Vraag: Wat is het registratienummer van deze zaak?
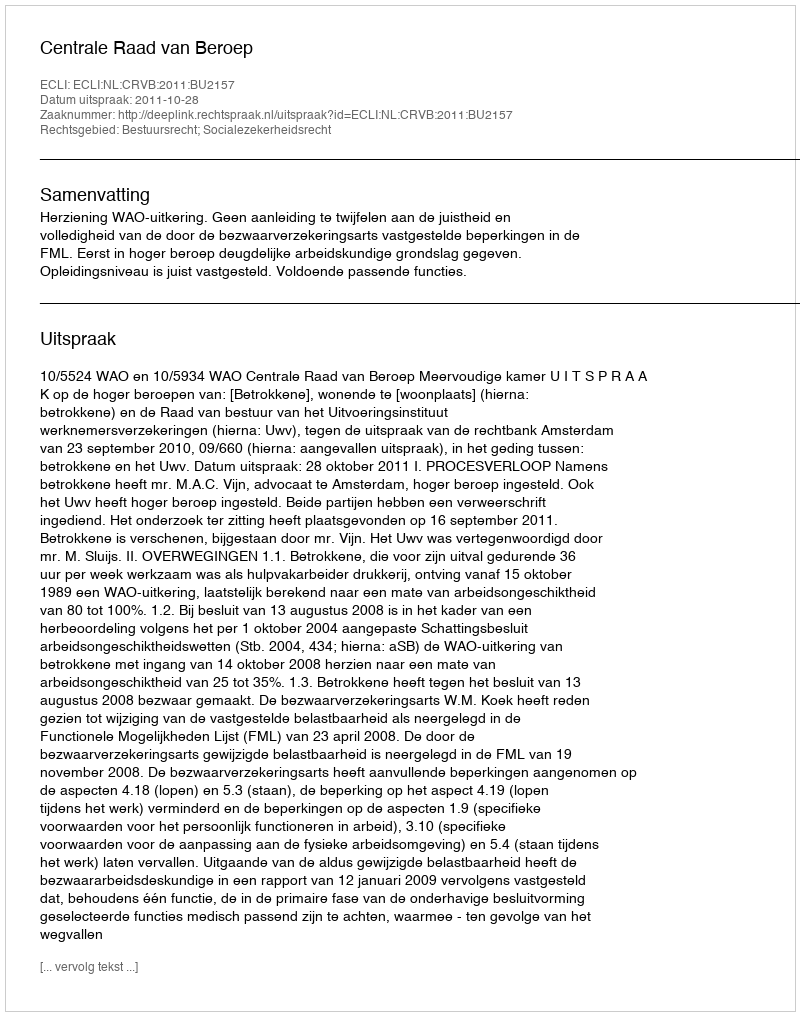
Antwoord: http://deeplink.rechtspraak.nl/uitspraak?id=ECLI:NL:CRVB:2011:BU2157